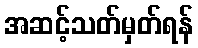
အဆင့်သတ်မှတ်ရန်